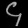
Digit: ၄